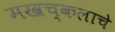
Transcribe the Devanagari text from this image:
मखच्कलाचे